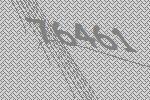
76461